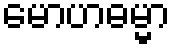
မောဟဓမ္မာ